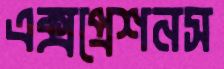
এক্সপ্রেশনস